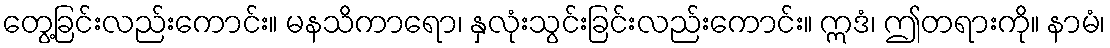
တွေ့ခြင်းလည်းကောင်း။ မနသိကာရော၊ နှလုံးသွင်းခြင်းလည်းကောင်း။ ဣဒံ၊ ဤတရားကို။ နာမံ၊